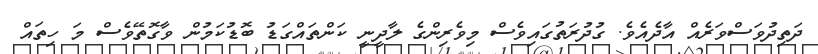
ދަތިދުވަސްވަރެއް އާދެއެވެ. ގުދުރަތުގައިވެސް މިވެރިންގެ ލާދީނީ ކަންތައްގަޑު ބޮޑުކަމުން ވާގޮތޭވެސް މަ ހިތައް